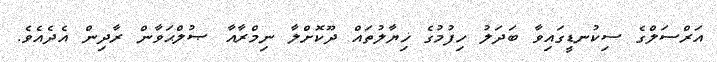
އަރްސަލްގެ ސިކުނޑީގައިވާ ބަދަލު ހިފުމުގެ ޚިޔާލުތައް ދޫކޮށްލާ ނިމްރާއާ ޞުލްޙަވާން ރާދިން އެދެއެވެ.